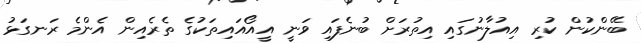
ބޭންކުން ކުރި އިއުލާނުގައި އިތުރަށް ބުނެފައި ވަނީ އީއޯއައިތަކުގެ ތެރެއިން އެންމެ ރަނގަޅު